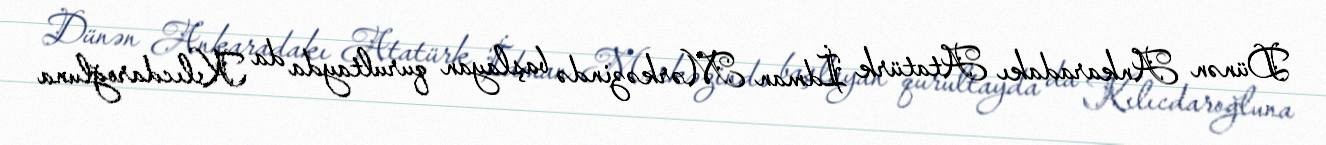
Dünən Ankaradakı Atatürk İdman Mərkəzində başlayan qurultayda da Kılıcdaroğluna